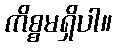
ကိစ္စမရှိပါ။